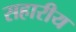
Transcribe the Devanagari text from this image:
सहारीय